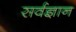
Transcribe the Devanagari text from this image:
सर्वज्ञान